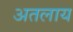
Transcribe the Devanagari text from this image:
अतलाय